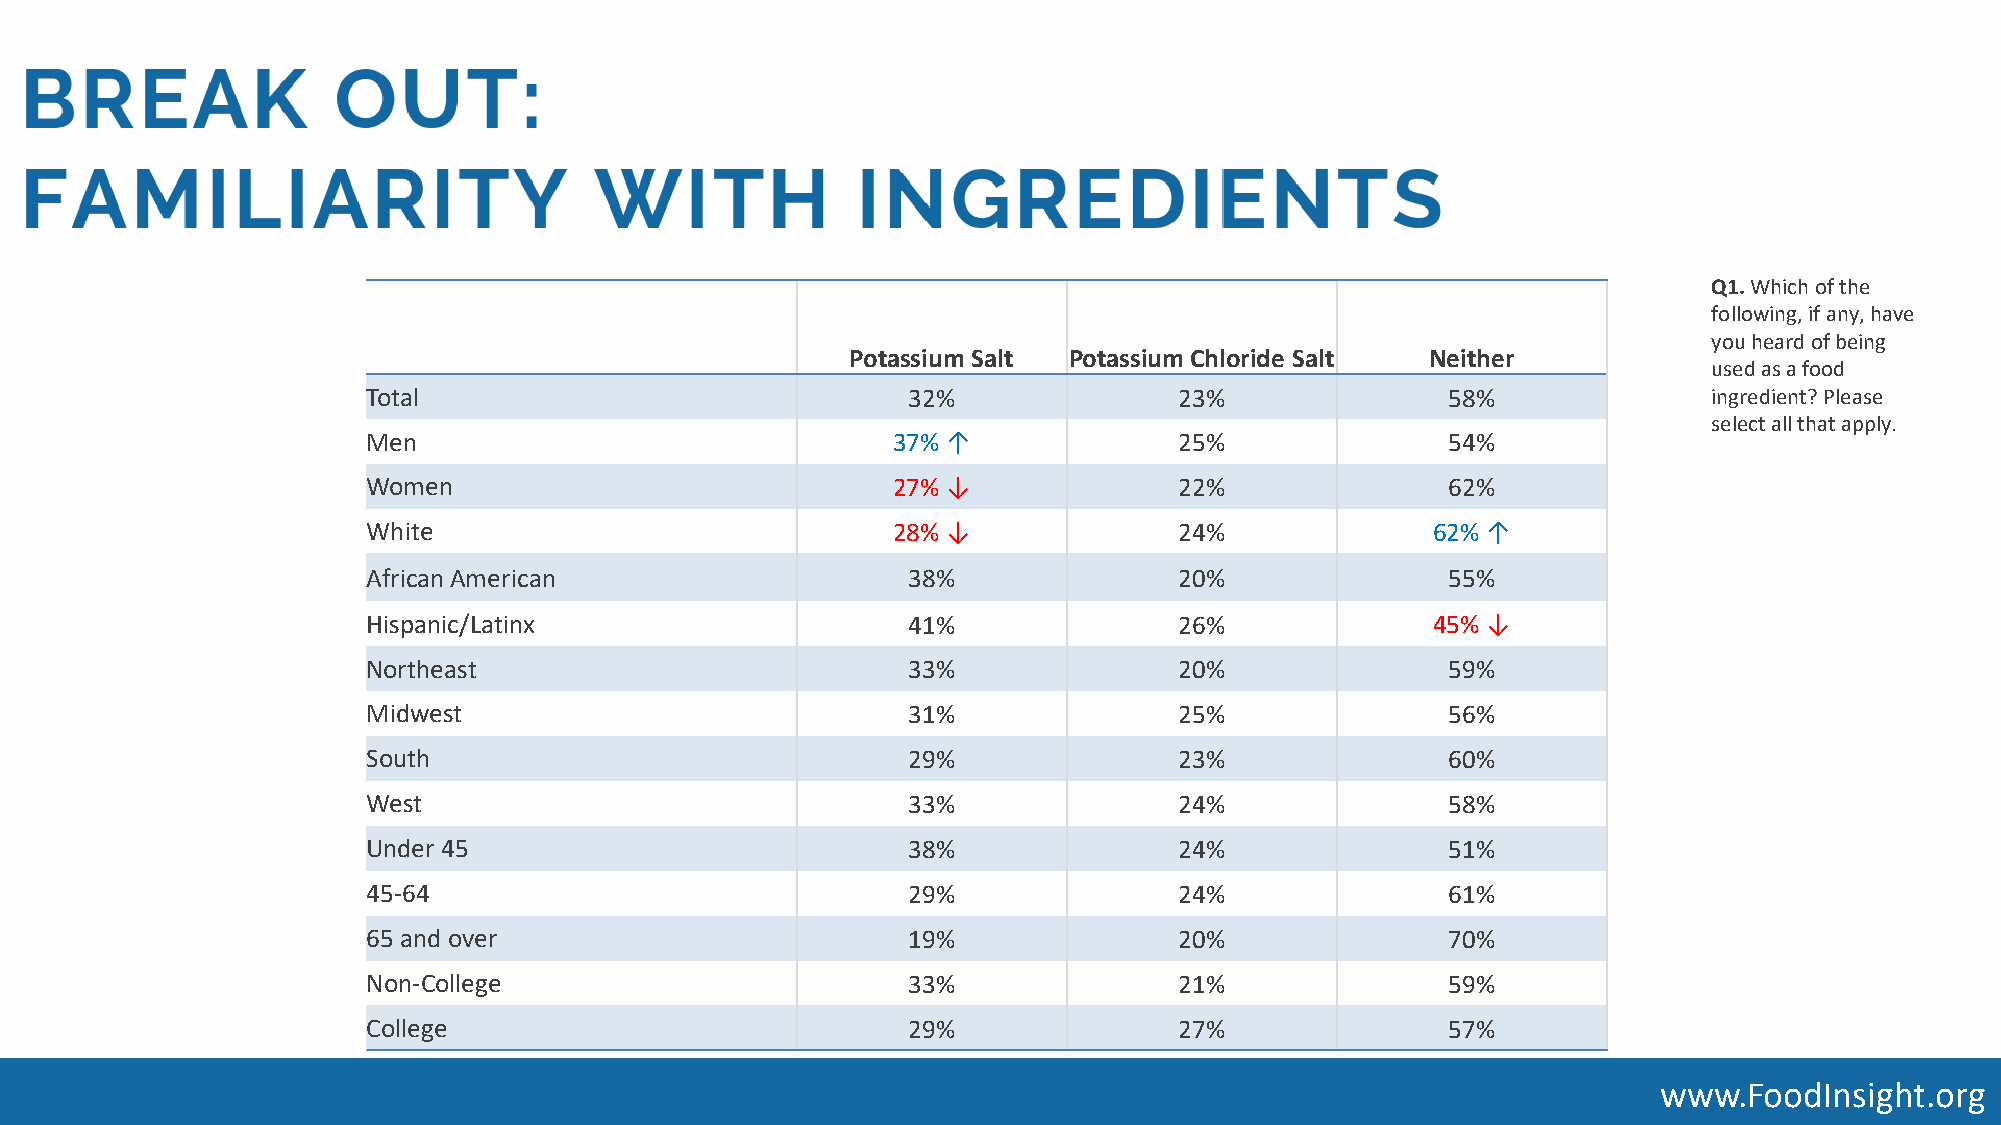
Q1. Which of the
 following, if any, have
 you heard of being
 Potassium Salt Potassium Chloride Salt Neither
 used as a food
 Total                               32%               23%               58%              ingredient? Please
 select all that apply.
 Men                                37% ↑              25%               54%
 Women                              27% ↓              22%               62%
 White                              28% ↓              24%              62%↑
 African American                    38%               20%               55%
 Hispanic/Latinx                     41%               26%              45%↓
 Northeast                           33%               20%               59%
 Midwest                             31%               25%               56%
 South                               29%               23%               60%
 West                                33%               24%               58%
 Under 45                            38%               24%               51%
 45-64                               29%               24%               61%
 65 and over                         19%               20%               70%
 Non-College                         33%               21%               59%
 College                             29%               27%               57%
 www.FoodInsight.org